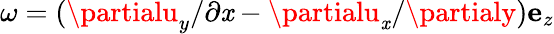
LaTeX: \omega=(\partialu_{y}/\partial\mathit{x}-\partialu_{\mathit{x}}/\partialy)\mathbf{{e}}_{z}